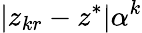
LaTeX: |z_{kr}-z^{*}|\alpha^{k}